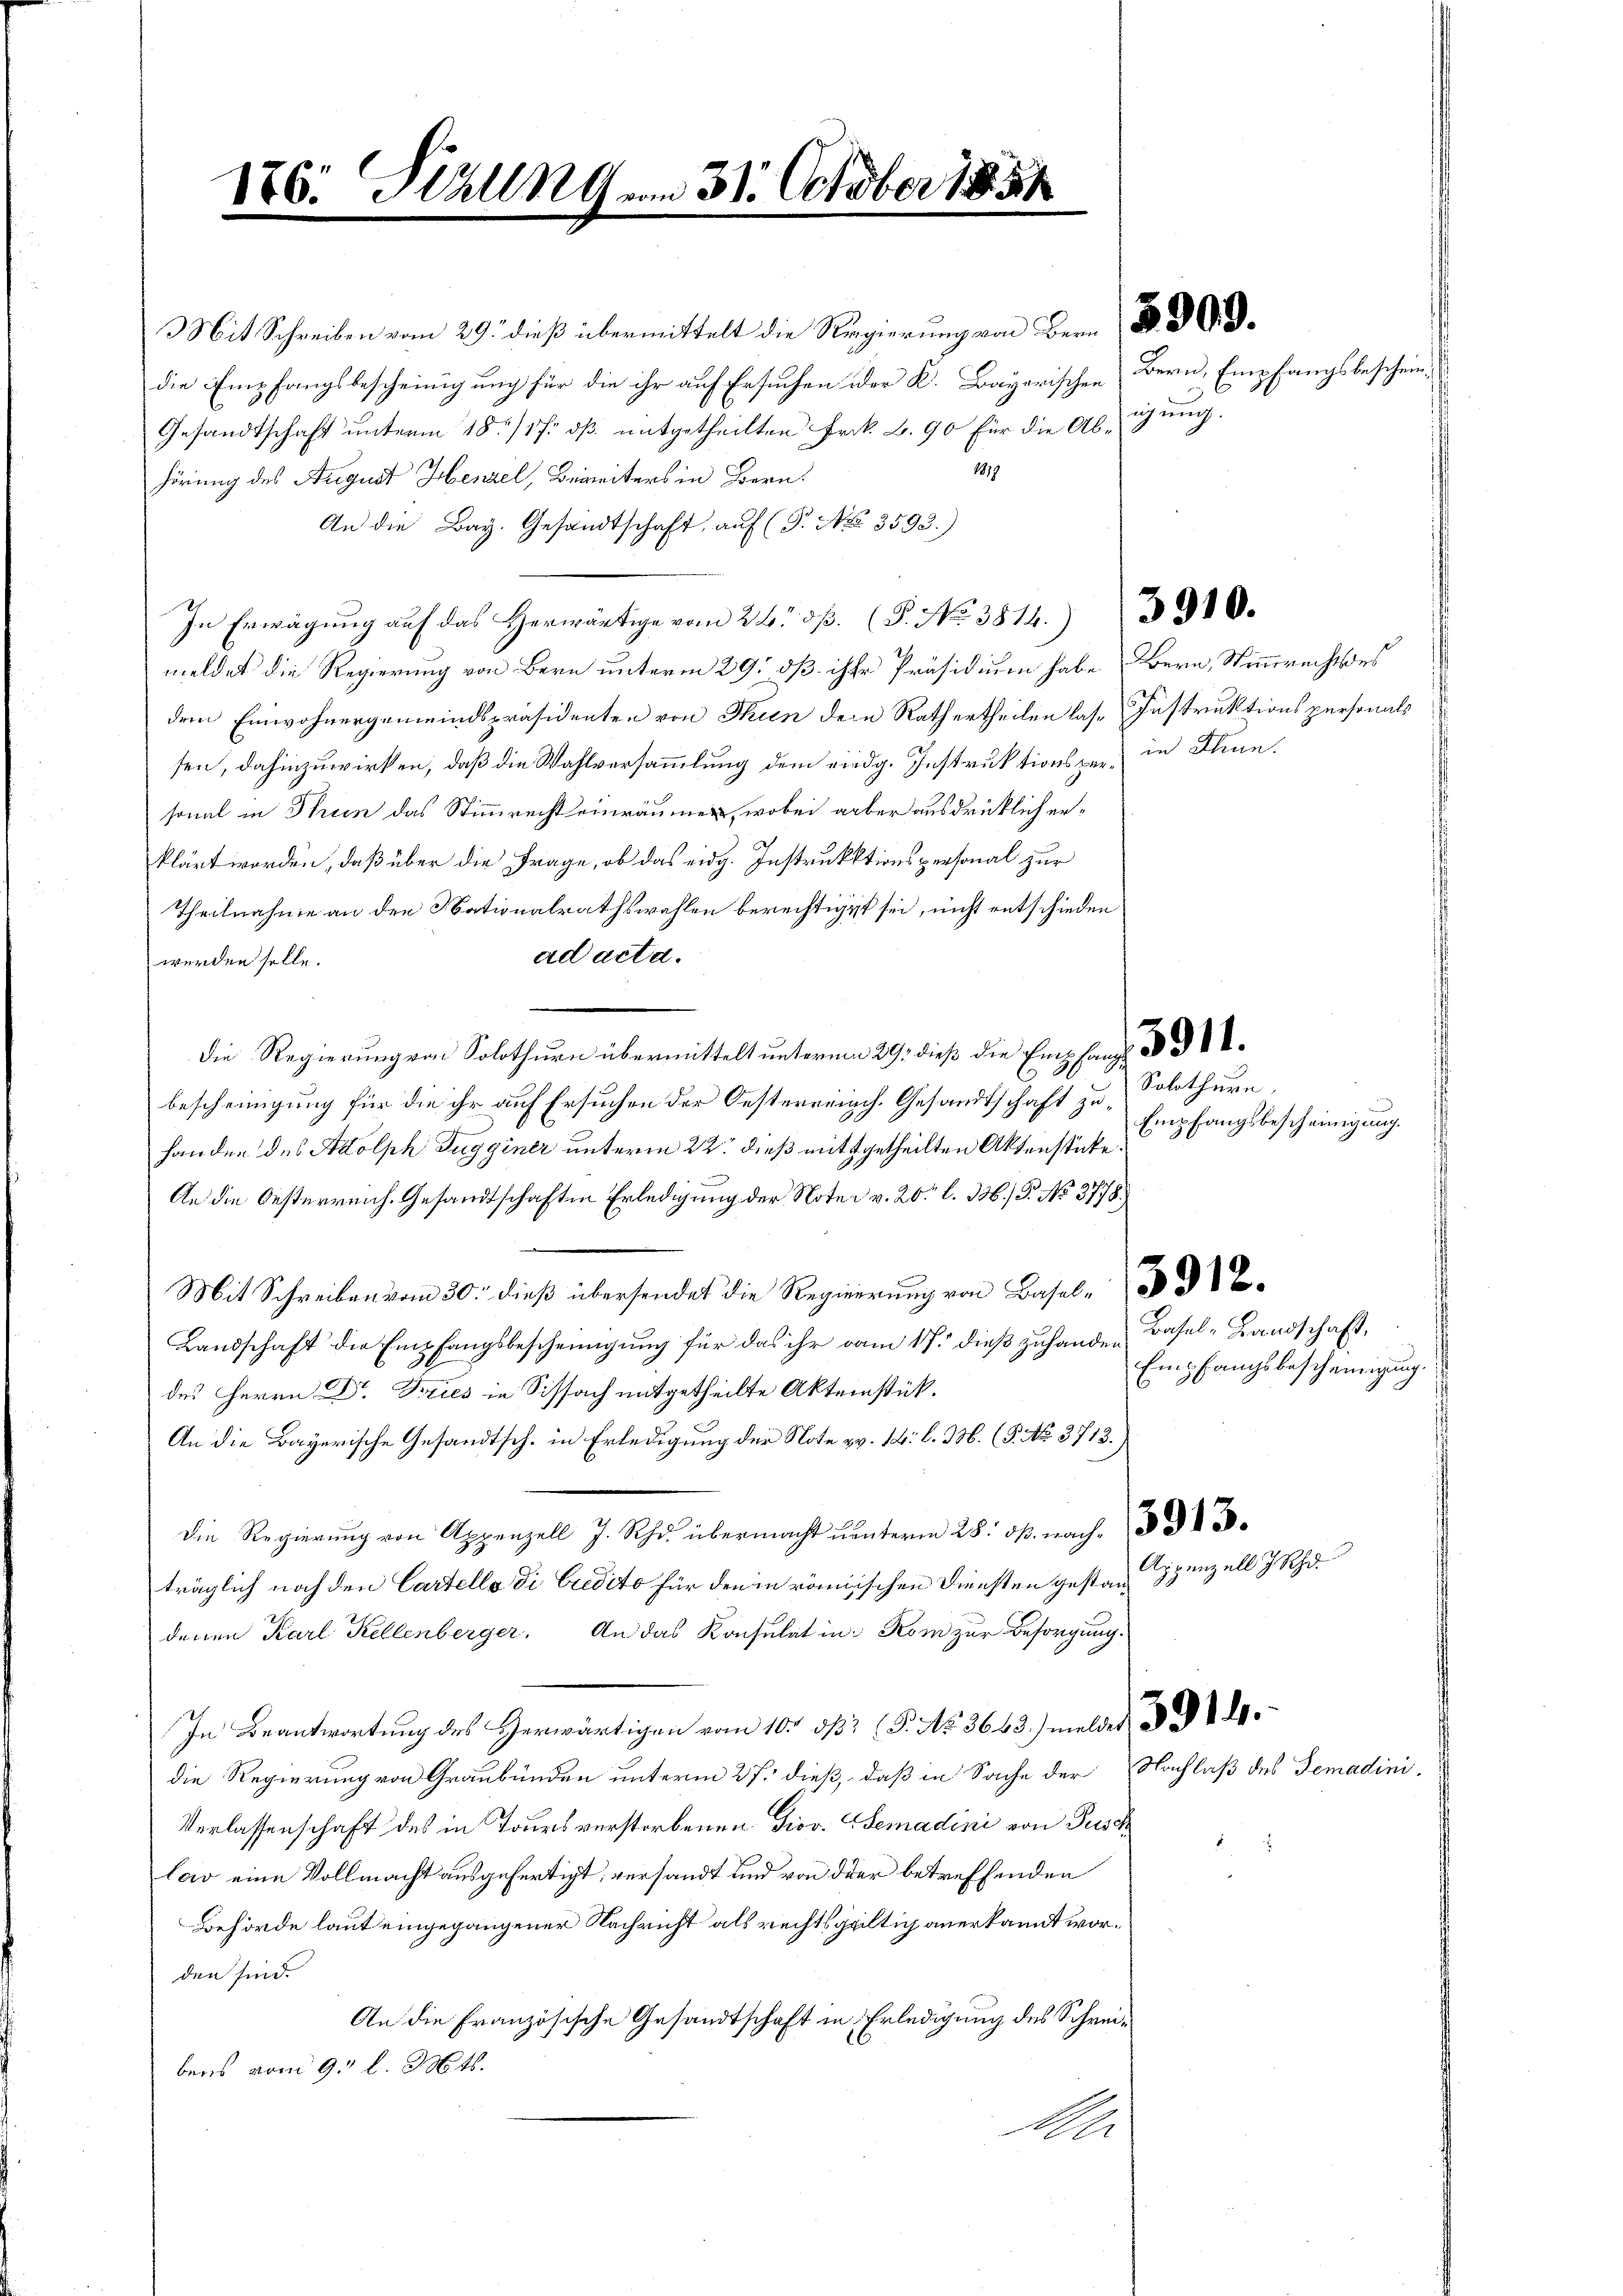
11

6. Halln vom 31. October 1854

Gesandtschaft unterm 18./17. ds. mitgetheilten Frk. B. 90 für die Ab-iung.
1819
hörung des August Henzel, Bereiters in Bern.
An die Bay. Gesandtschaft, auf (T. No. 3593.)
In Erwägŭng auf das herwärtige vom 24. d. P. No 3814. 3900.
meldet die Regierung von Bern unterm 29. dß ihre Präsidium habe Bern, Stimmrecht des
dem Einwohnergemeindspräsidenten von Thun den Rath ertheilen las-Instruktionspersonals
sen, dahinzuwirken, daß die Wahlversammlung dem eidg. Instruktionsper in Thun.
sonal in Thun das Stimmrecht einräumen, wobei aber ausdrücklich erklärt worden, daß über die Frage, ob das eidg. Instruktionspersonal zur
Theilnahme an den Nationalrathswahlen berechtiget sei, nicht entschieden
ad acta.
werden solle.
die Regierung von Solothurn übermittelt unterm 29. dieß die Empfang d
bescheinigung für die ihr auf Ersuchen der Oesterreich. Gesandtschaft zuhanden des Adolph Zugginer unterm 22. dieß mitgetheilten Aktenstücke.
An die Oesterreich. Gesandtschaften Erledigung der Noter v. 20 l. 336./ P. No. 3778.
c die Regier von Basel
Landschaft die Empfangsbescheinigung für das ihr vom 17. dieß zuhanden Basel-Landschaft,
des Herrn Dr. Fries in Sissach mitgetheilte Aktenstük¬
An die Bayerische Gesandtsch. in Erledigung der Note zu. 14. l. M. (5. No. 3713.)
Die Regierung von Appenzell J. Rh. übermacht unterm 28. ds. nach
träglich noch den Cartello di Credito für den in römischen Diensten gestandenen Karl Kellenberger. An das Konsulat in Rom zur Besorgung.
In Beantwortung des Herwärtigen vom 10. dβ (P. Nr. 3668.) melder
die Regierung von Graubünden unterm 27. dieß, daß in Sache der
Verlassenschaft des in Tours verstorbenen Diov. Gemadini von Pusch
lar eine Vollmacht ausgefertigt, versandt und von der betreffenden
Behörde laut eingegangener Nachricht als rechtsgültig anerkannt worden sind.
An die Französische Gesandtschaft in Erledigung des Schreibens vom 9. l. Mts.
An

Mit Schreiben vom 29. dieß übermittelt die Regierung von Bern d. d.
die Empfangsbescheinigung für die ihr auf Ersuchen oder K. Bayerischen Bern, Empfangsbeschein¬

Solothurn
Empfangsbescheinigung.

Empfangsbescheinigung.

Appenzell 7 Rh.

Nachlaß des Gemadini.